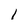
Character: 1